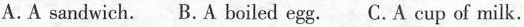
A.A sandwich. B.A boiled egg. C.A cup of milk.